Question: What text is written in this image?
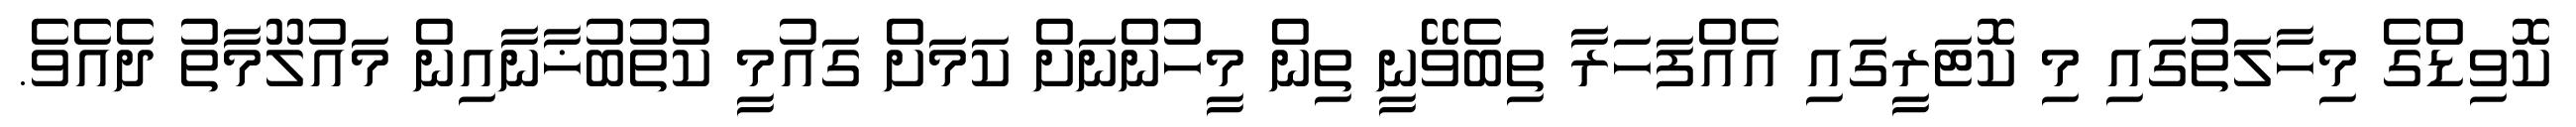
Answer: ކޮވިޑްގެ މިހާލަތުގައި މި ކޮޓަރީގައި އެއްފަހަރާ ތިބެވޭނީ ތިން މީހުންނަށް ކަމަށް ގައުމީ ކުތުބުޚާނާއިން މައުލޫމާތު ދެއެވެ.